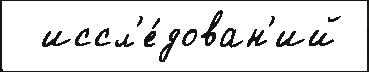
  иссл'е́дован'ий